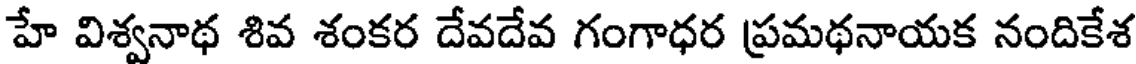
హే విశ్వనాథ శివ శంకర దేవదేవ గంగాధర ప్రమథనాయక నందికేశ